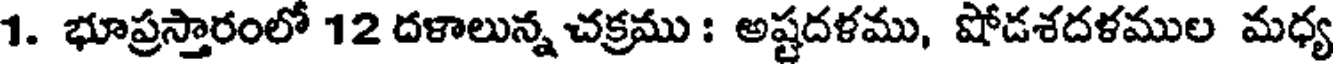
1. భూప్రస్తారంలో 12 దళాలున్న చక్రము : అష్టదళము, షోడశదళముల మధ్య